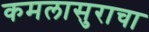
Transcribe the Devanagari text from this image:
कमलासुराचा